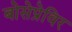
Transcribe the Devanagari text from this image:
बोसेप्रेविर